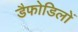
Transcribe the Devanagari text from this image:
डैफोडिलों